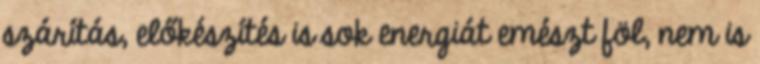
szárítás, előkészítés is sok energiát emészt föl, nem is